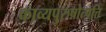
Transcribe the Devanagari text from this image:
काव्यपुरुषोत्पत्ति